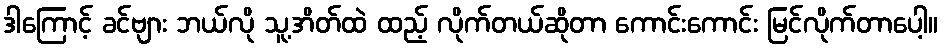
ဒါကြောင့် ခင်ဗျား ဘယ်လို သူ့အိတ်ထဲ ထည့် လိုက်တယ်ဆိုတာ ကောင်းကောင်း မြင်လိုက်တာပေါ့။